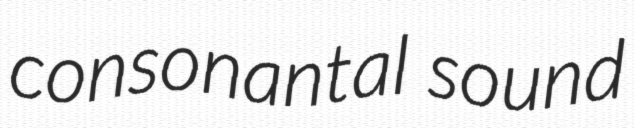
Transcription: consonantal sound